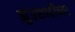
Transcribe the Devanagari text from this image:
झुंडशाहीच्या